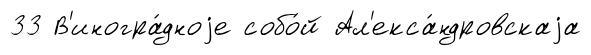
33 В'иногра́дноjе собо́й Ал'екса́ндровскаjа